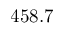
4 5 8 . 7